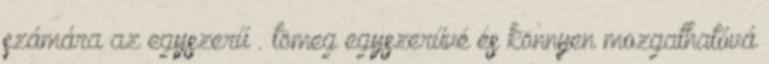
számára az egyszerű . tömeg egyszerűvé és könnyen mozgathatóvá